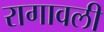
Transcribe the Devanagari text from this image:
रागावली